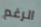
الرغم